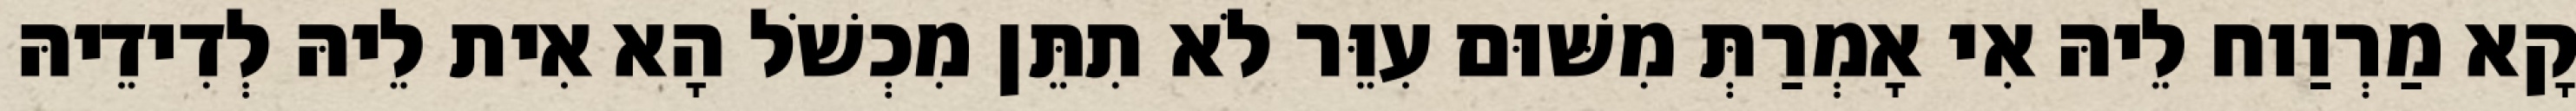
קָא מַרְוַוח לֵיהּ אִי אָמְרַתְּ מִשּׁוּם עִוֵּר לֹא תִתֵּן מִכְשֹׁל הָא אִית לֵיהּ לְדִידֵיהּ